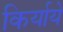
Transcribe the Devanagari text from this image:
किर्याये